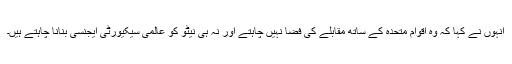
انہوں نے کہا کہ وہ اقوام متحدہ کے ساتھ مقابلے کی فضا نہیں چاہتے اور نہ ہی نیٹو کو عالمی سیکیورٹی ایجنسی بنانا چاہتے ہیں۔